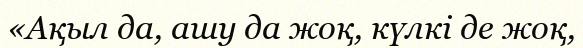
«Ақыл да, ашу да жоқ, күлкі де жоқ,